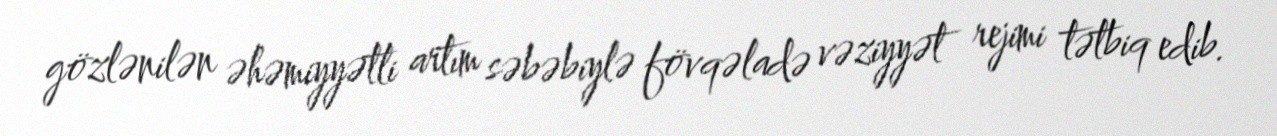
gözlənilən əhəmiyyətli artım səbəbiylə fövqəladə vəziyyət rejimi tətbiq edib.